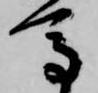
馬